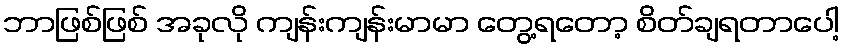
ဘာဖြစ်ဖြစ် အခုလို ကျန်းကျန်းမာမာ တွေ့ရတော့ စိတ်ချရတာပေါ့